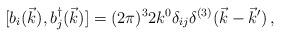
LaTeX: \begin{align*}[b_i (\vec{k}), b^\dagger_j (\vec{k}) ] = (2 \pi)^3 2 k^0 \delta_{ij} \delta^{(3)} (\vec{k} -\vec{k}') \, ,\end{align*}